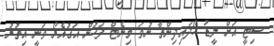
ސިޓީ އަށް ލީޑު ހޯދައިދިންތާ ނުވަ މިނެޓް ފަހުން އަގުއެރޯ ވަނީ އިތުރު